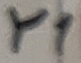
Text: Y1